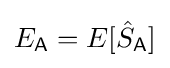
E_{\mathsf {A}}=E[{\hat {S}}_{\mathsf {A}}]